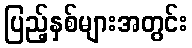
ပြည့်နှစ်များအတွင်း